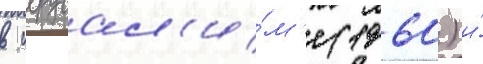
в иерусал'и́м'е (1960) и́